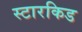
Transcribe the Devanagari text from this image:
स्टारकिड